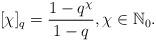
LaTeX: \begin{align*}[\chi]_{q}=\frac{1-q^{\chi}}{1-q},\chi\in \Bbb{N}_{0}.\end{align*}